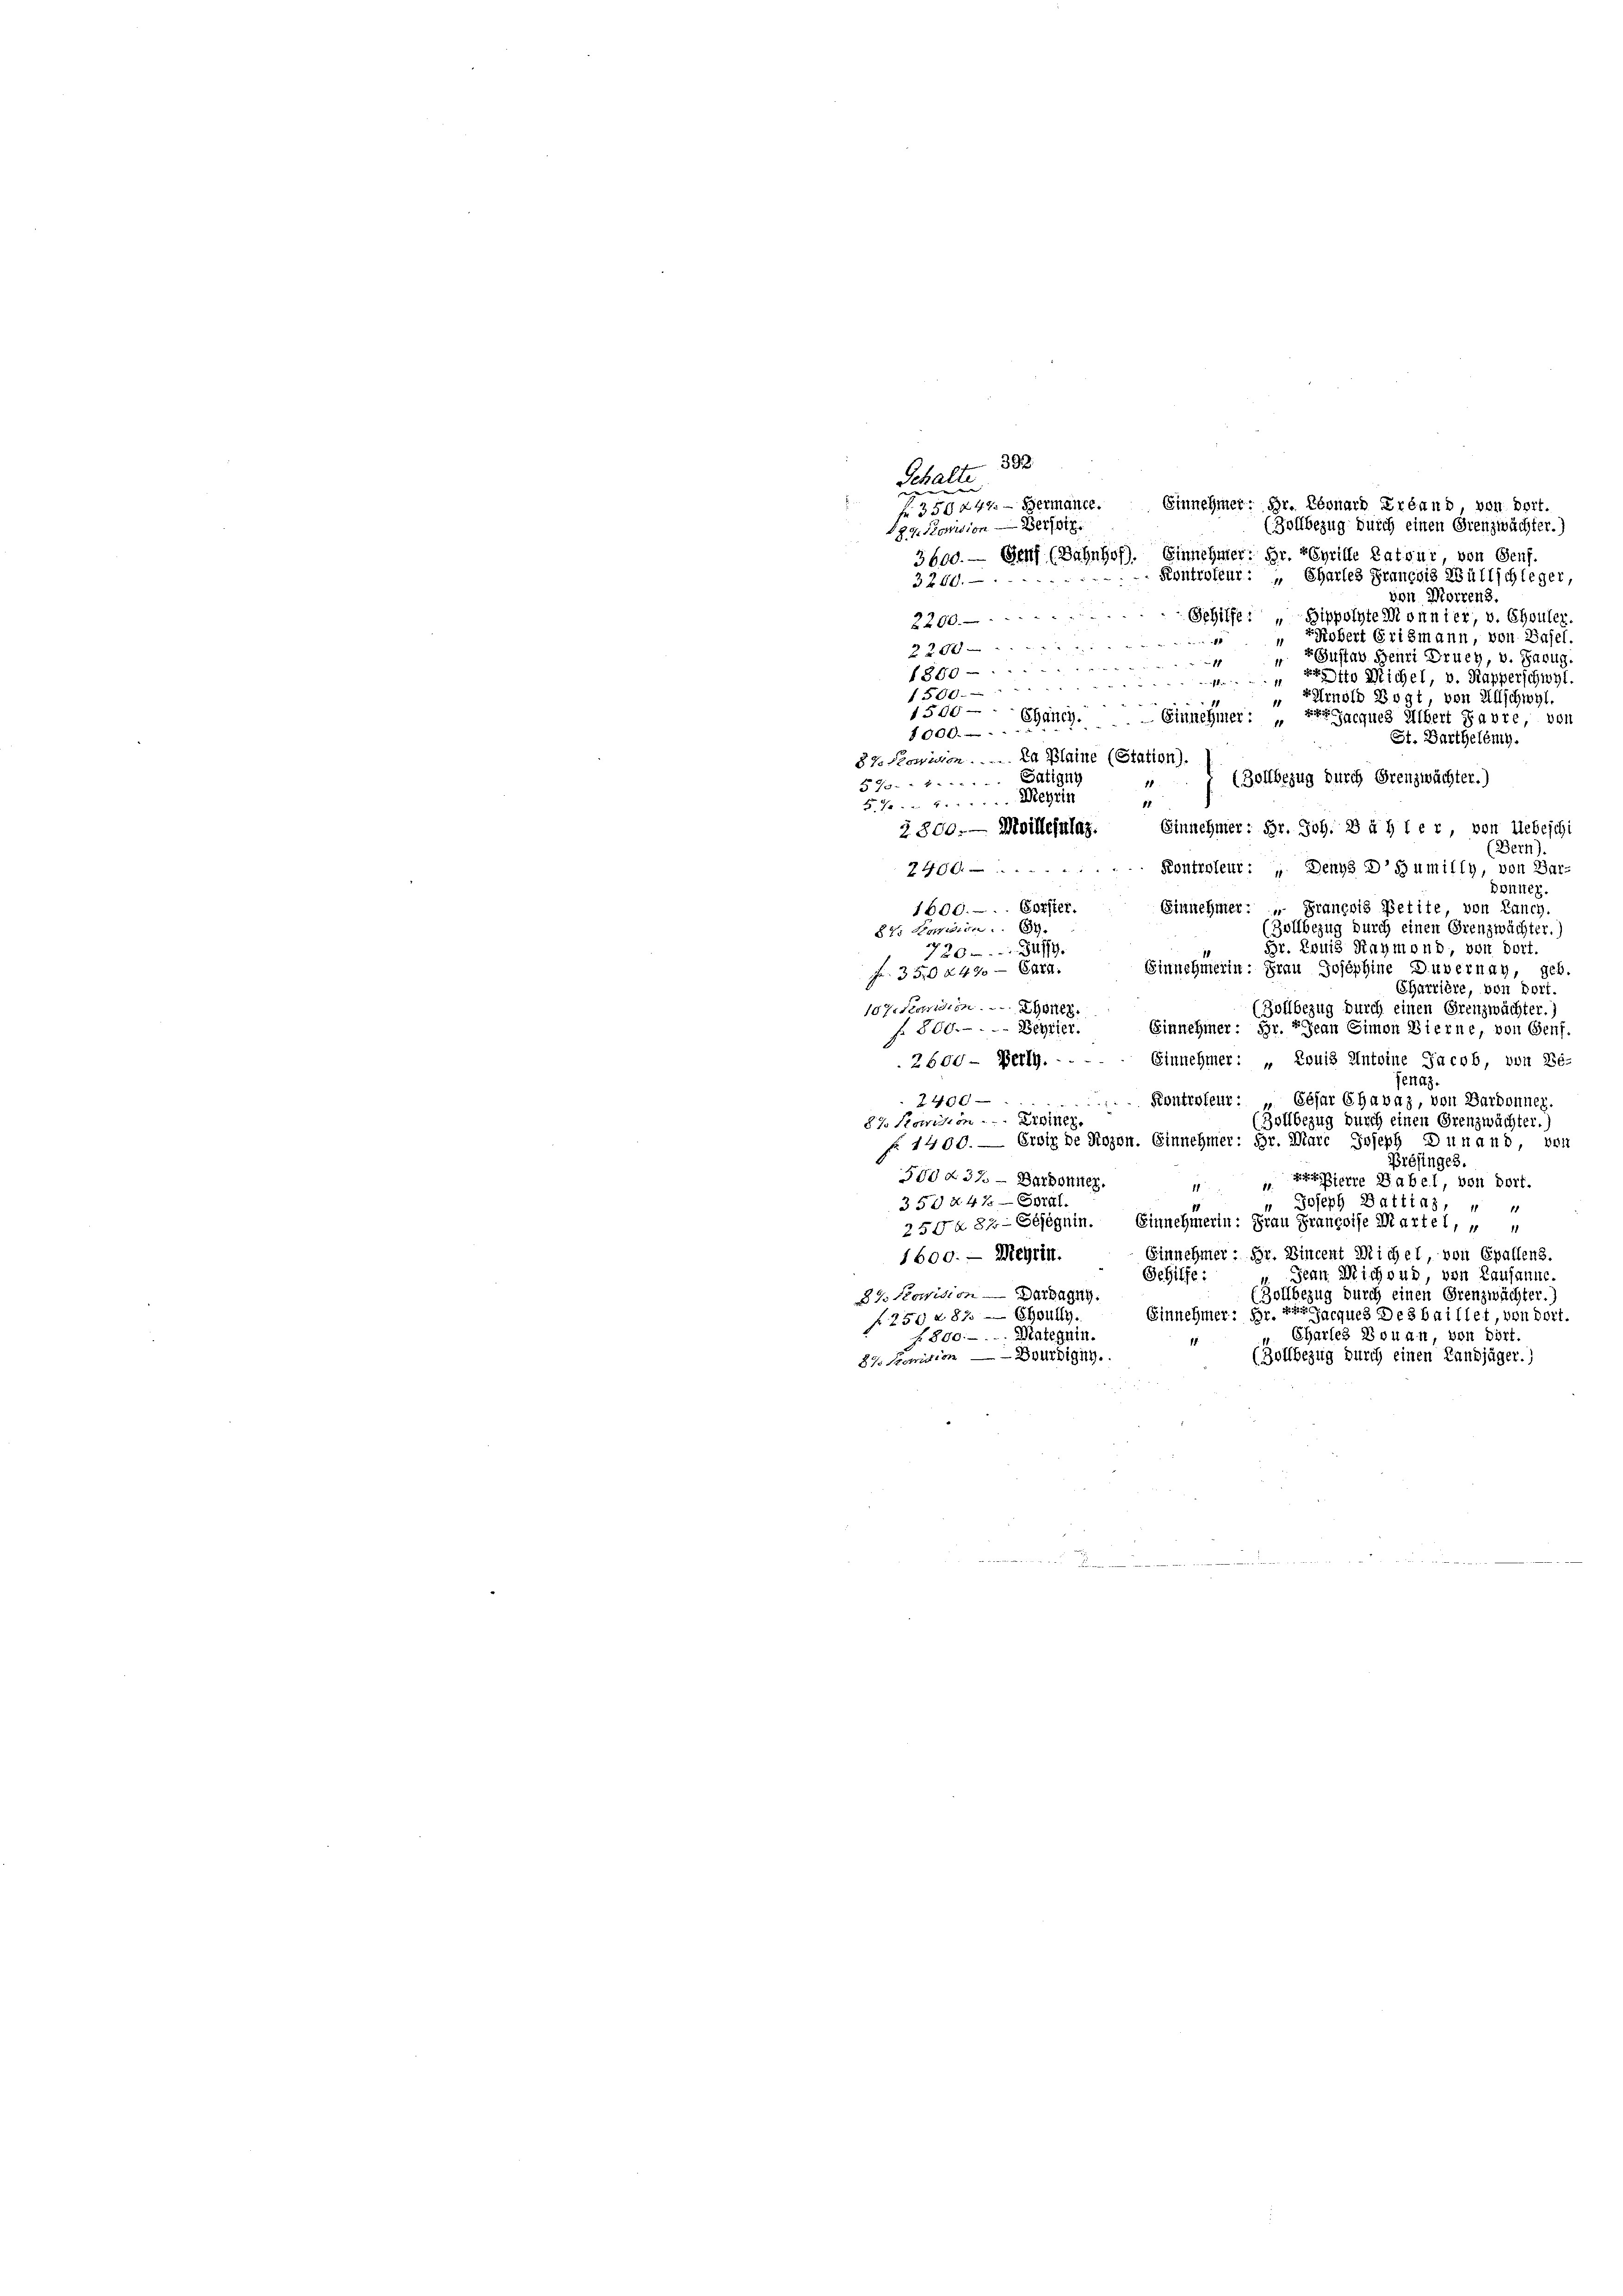
392
Schalte
Einnehmer: Dr. Leonach Erband, von dort.
f 350 242. - Hermanee.
(Zollbezug durch einen Grenzwächter.)
89. Pension dersetz
3600. — Genf (Bahnhof). Einnehmer; Hr. Feyrille Patour von Genf.
Kontroleur: „Chartes Francois Wüllschleger,
3280.
von Morrens.
Sehilfe: „Bippolyte Monnier, v. Chouler,
2290.
" Probert Grismann, von Basel.
1
2200
 2 Gustav Henri Druch, v. Saug.
11
1869 -
1 t Michel, v. Kapperschwyt
1500
PArnold Vogt, von Allschwyl
1500 — Ehänig. — Einnehmer: „Parques Übert Favre, von
1000.
St. Barthelémy.
87. Position . . . La Plaine (Station).
(Zollbezug durch Grenzwächter.)
570. 1. Galigny
5.7. 1. Meyrin
11
Einnehmer: Hr. Joh. B à h i e r, von Uebeschi
2800.— Meillesalaz.
(Bern).
Kontroleur: „Denys DGumilly, von Bar-
746
Donner.
1600. Erster.
Einnehmer: " Francois Petite, von Lauch.
27. Seien 37.
(Zollbezug durch einen Grenzwächter.)
Hr. Louis Raymond, von dort.
720. 849
Einnehmerin: Frau Josephine Duvernay, geb.
Fr. 350 § 490 — End
Sharrière, von Dort.
107. Seien 28.
(Zollbezug durch einen Grenzwächter.)
f 800. Regier
Einnehmer: Hr. Jean Simon Bierne, von Genf.
Einnehmer: „Louis Antoine Jacob, von Be-
2600 - Beilg.
fenaz.
2400
Kontroleur: „Cesar Chavaz, von Bardonner.
87 Parision . . . Erdiner
(Zollbezug durch einen Grenzwächter.)
§ 1400. — Erwiede Rogen. Einnehmer: Hr. Marc Joseph Dunand, von
Présinges.
580 § 37. — Darbonner.
1 " Esterre Babel, von Dorf.
350 § 47 — Edtal.
Joseph Battias,
250x 87 - Sejegnin. Einnehmerln: Frau Françoise Martel,
Einnehmer: Hr. Vincent Michel, von Epallens.
1600. — Meyrin.
Jean Michoud, von Lausanne.
Gehilfe:
8/ Kowision — Dara
Zollbezug durch einen Grenzwächter.)
Einnehmer: Hr. Ihr Jacques Des baillet, von dort.
f 250 f. 82. — Ehoully.
1800.-. .. Mategnin.
Charles Douan, von dort.
.
(Zollbezug durch einen Landjäger.)
8% Stonision —  Doubigen.